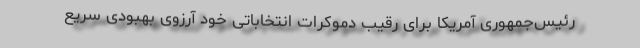
رئیس‌جمهوری آمریکا برای رقیب دموکرات انتخاباتی خود آرزوی بهبودی سریع